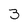
Character: 3